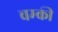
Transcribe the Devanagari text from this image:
चम्की